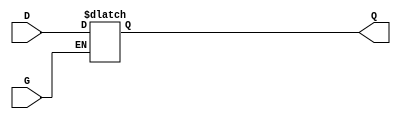
module GatedTransparentLatch (
    input wire D,     // Data Input
    input wire G,     // Gate/Control Input
    output reg Q      // Output
);

    always @(*) begin
        if (G) begin
            Q = D;    // When G is high, Q follows D
        end else begin
            // When G is low, Q retains its previous value
            Q = Q;    // Hold the last value of Q
        end
    end

endmodule